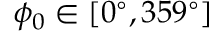
\phi _ { 0 } \in [ 0 ^ { \circ } , 3 5 9 ^ { \circ } ]